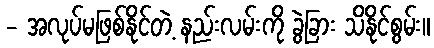
- အလုပ်မဖြစ်နိုင်တဲ့ နည်းလမ်းကို ခွဲခြား သိနိုင်စွမ်း။